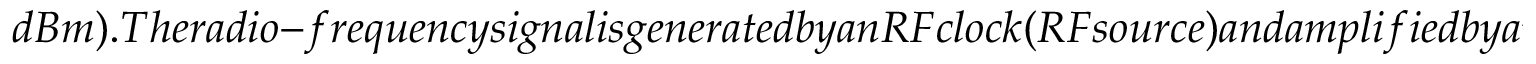
d B m ) . T h e r a d i o - f r e q u e n c y s i g n a l i s g e n e r a t e d b y a n R F c l o c k ( R F s o u r c e ) a n d a m p l i f i e d b y a n R F a m p l i f i e r ( R F A M P 1 ) . T h e p h a s e m o d u l a t i o n p r o v i d e d b y P M 1 g e n e r a t e s t w o f r e q u e n c y c o m b s c e n t e r e d i n